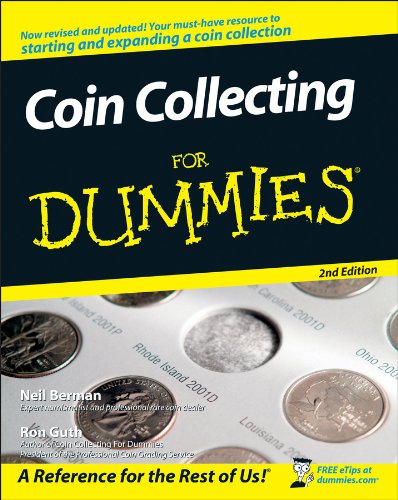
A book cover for Coin Collecting For Dummies; Neil S. Berman; Crafts, Hobbies & Home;